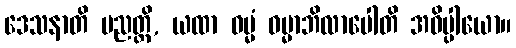
ဒေသနာတိ ပညတ္တိ, ယထာ ဓမ္မံ ဓမ္မာဘိလာပေါတိ အဓိပ္ပါယော။